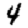
Digit: 4